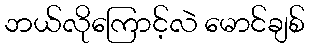
ဘယ်လိုကြောင့်လဲ မောင်ချစ်